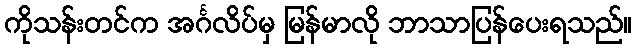
ကိုသန်းတင်က အင်္ဂလိပ်မှ မြန်မာလို ဘာသာပြန်ပေးရသည်။